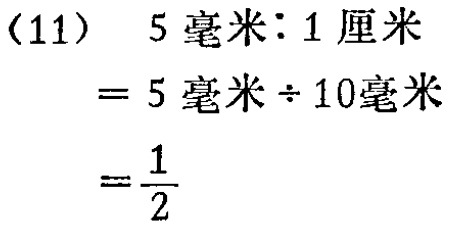
(11)

\[

\begin{align*}

5\text{毫米}:1\text{厘米}&=5\text{毫米}\div10\text{毫米}\\

&=\frac{1}{2}

\end{align*}

\]